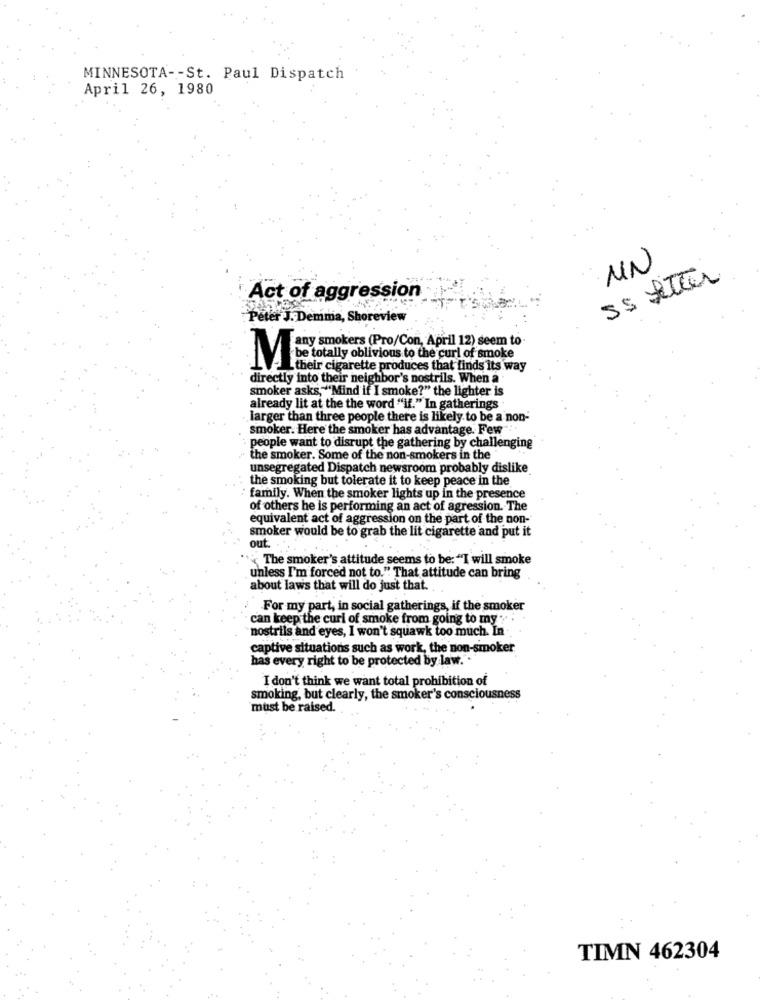
MINNESOTA -- St. Paul Dispatch
April 26, 1980
MN
Act of aggression
Peter J. Demma, Shoreview
any smokers (Pro/Con, April 12) seem to
be totally oblivious to the curl of smoke
their cigarette produces that finds its way
directly into their neighbor's nostrils. When a.
smoker asks,"""Mind if I smoke?" the lighter is
already lit at the the word "if." In gatherings
larger than three people there is likely to be a non-
smoker. Here the smoker has advantage. Few
people want to disrupt the gathering by challenging
the smoker. Some of the non-smokers in the
unsegregated Dispatch newsroom probably dislike
the smoking but tolerate it to keep peace in the
family. When the smoker lights up in the presence
of others he is performing an act of agression. The
equivalent act of aggression on the part of the non-
smoker would be to grab the lit cigarette and put it
out
« The smoker's attitude seems to be: "I will smoke
unless I'm forced not to." That attitude can bring
about laws that will do just that.
For my part, in social gatherings, if the smoker
can keep the curi of smoke from going to my
nostrils and eyes, I won't squawk too much. In-
captive situations such as work, the non-smoker
has every right to be protected by law."
I don't think we want total prohibition of
smoking, but clearly, the smoker's consciousness
must be raised.
TIMN 462304